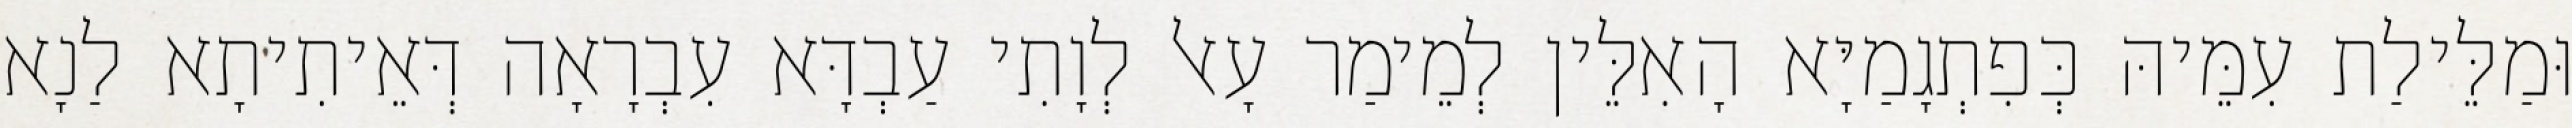
וּמַלֵּילַת עִמֵּיהּ כְּפִתְגָמַיָּא הָאִלֵּין לְמֵימַר עָאל לְוָתִי עַבְדָּא עִבְרָאָה דְּאֵיתִיתָא לַנָא